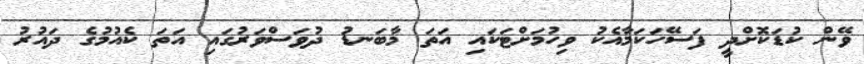
ވޭން ކުޑަަކޮށްދީ ފަސޭހަކަމާއެކު ވިހުމަށްޓަކައި އަތަ މާބަނޑު ދުވަސްވަރުގައި އަތަ ކެއުމުގެ ދައުރު